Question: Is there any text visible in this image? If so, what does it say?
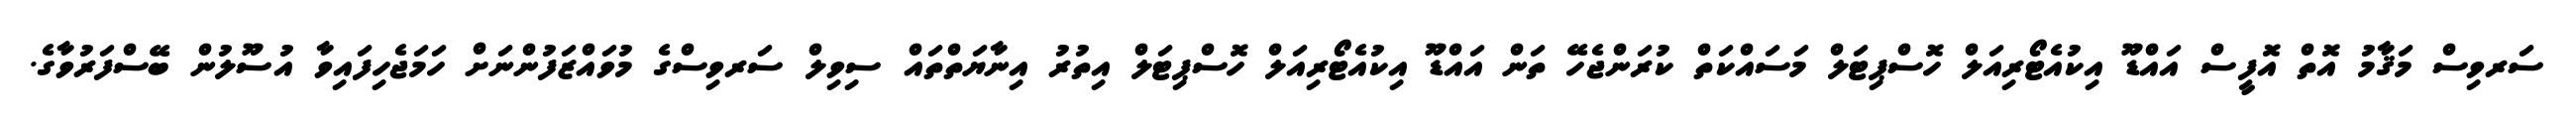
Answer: ސަރވިސް މަޤާމު އޮތް އޮފީސް އައްޑޫ އިކުއެޓޯރިއަލް ހޮސްޕިޓަލް މަސައްކަތް ކުރަންޖެހޭ ތަން އައްޑޫ އިކުއެޓޯރިއަލް ހޮސްޕިޓަލް އިތުރު އިނާޔަތްތައް ސިވިލް ސަރވިސްގެ މުވައްޒަފުންނަށް ހަމަޖެހިފައިވާ އުސޫލުން ބޭސްފަރުވާގެ.